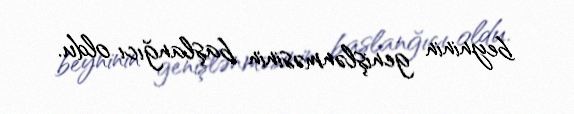
beyninin genişlənməsinin başlanğıcı oldu.